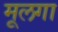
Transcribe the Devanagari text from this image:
मूलगा